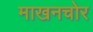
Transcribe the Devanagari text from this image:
माखनचोर